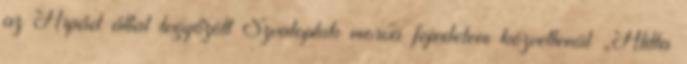
az Árpád által legyőzött Szvatopluk morva fejedelem közvetlenül „Atilla